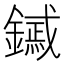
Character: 𨭟